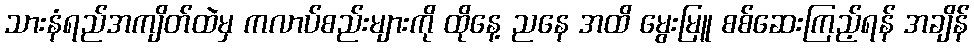
သားနံရည်အကျိတ်ထဲမှ ကလာပ်စည်းများကို ထိုနေ့ ညနေ အထိ မွေးမြူ စစ်ဆေးကြည့်ရန် အချိန်